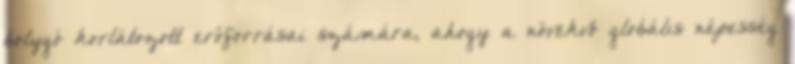
bolygó korlátozott erőforrásai számára, ahogy a növekvő globális népesség